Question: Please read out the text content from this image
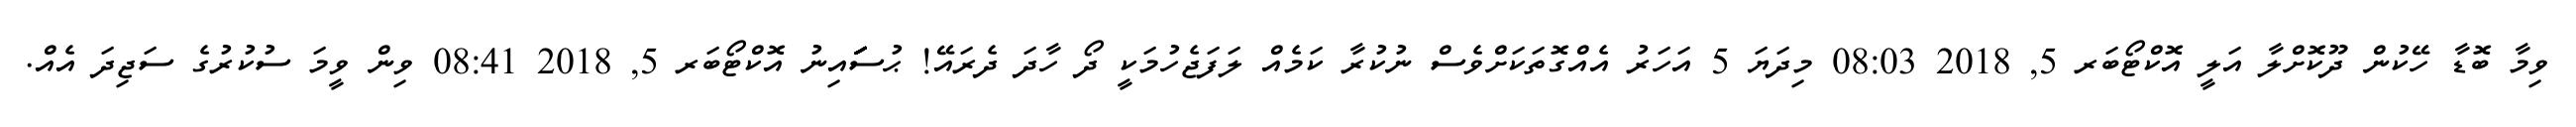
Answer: ވިމާ ބޮޑާ ހޭކުން ދޫކޮށްލާ އަލީ އޮކްޓޯބަރ 5, 2018 08:03 މިދަޔަ 5 އަހަރު އެއްގޮތަކަށްވެސް ނުކުރާ ކަމެއް ލަފަޖެހުމަކީ ދޯ ހާދަ ދެރައޭ! ޙުސަަަަަަަައިނު އޮކްޓޯބަރ 5, 2018 08:41 ވިން ވީމަ ސުކުރުގެ ސަޖިދަ އެއް.